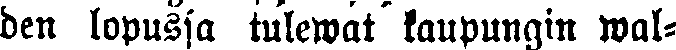
ben lopussa tulewat kaupungin wal-